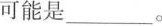
可能是___。